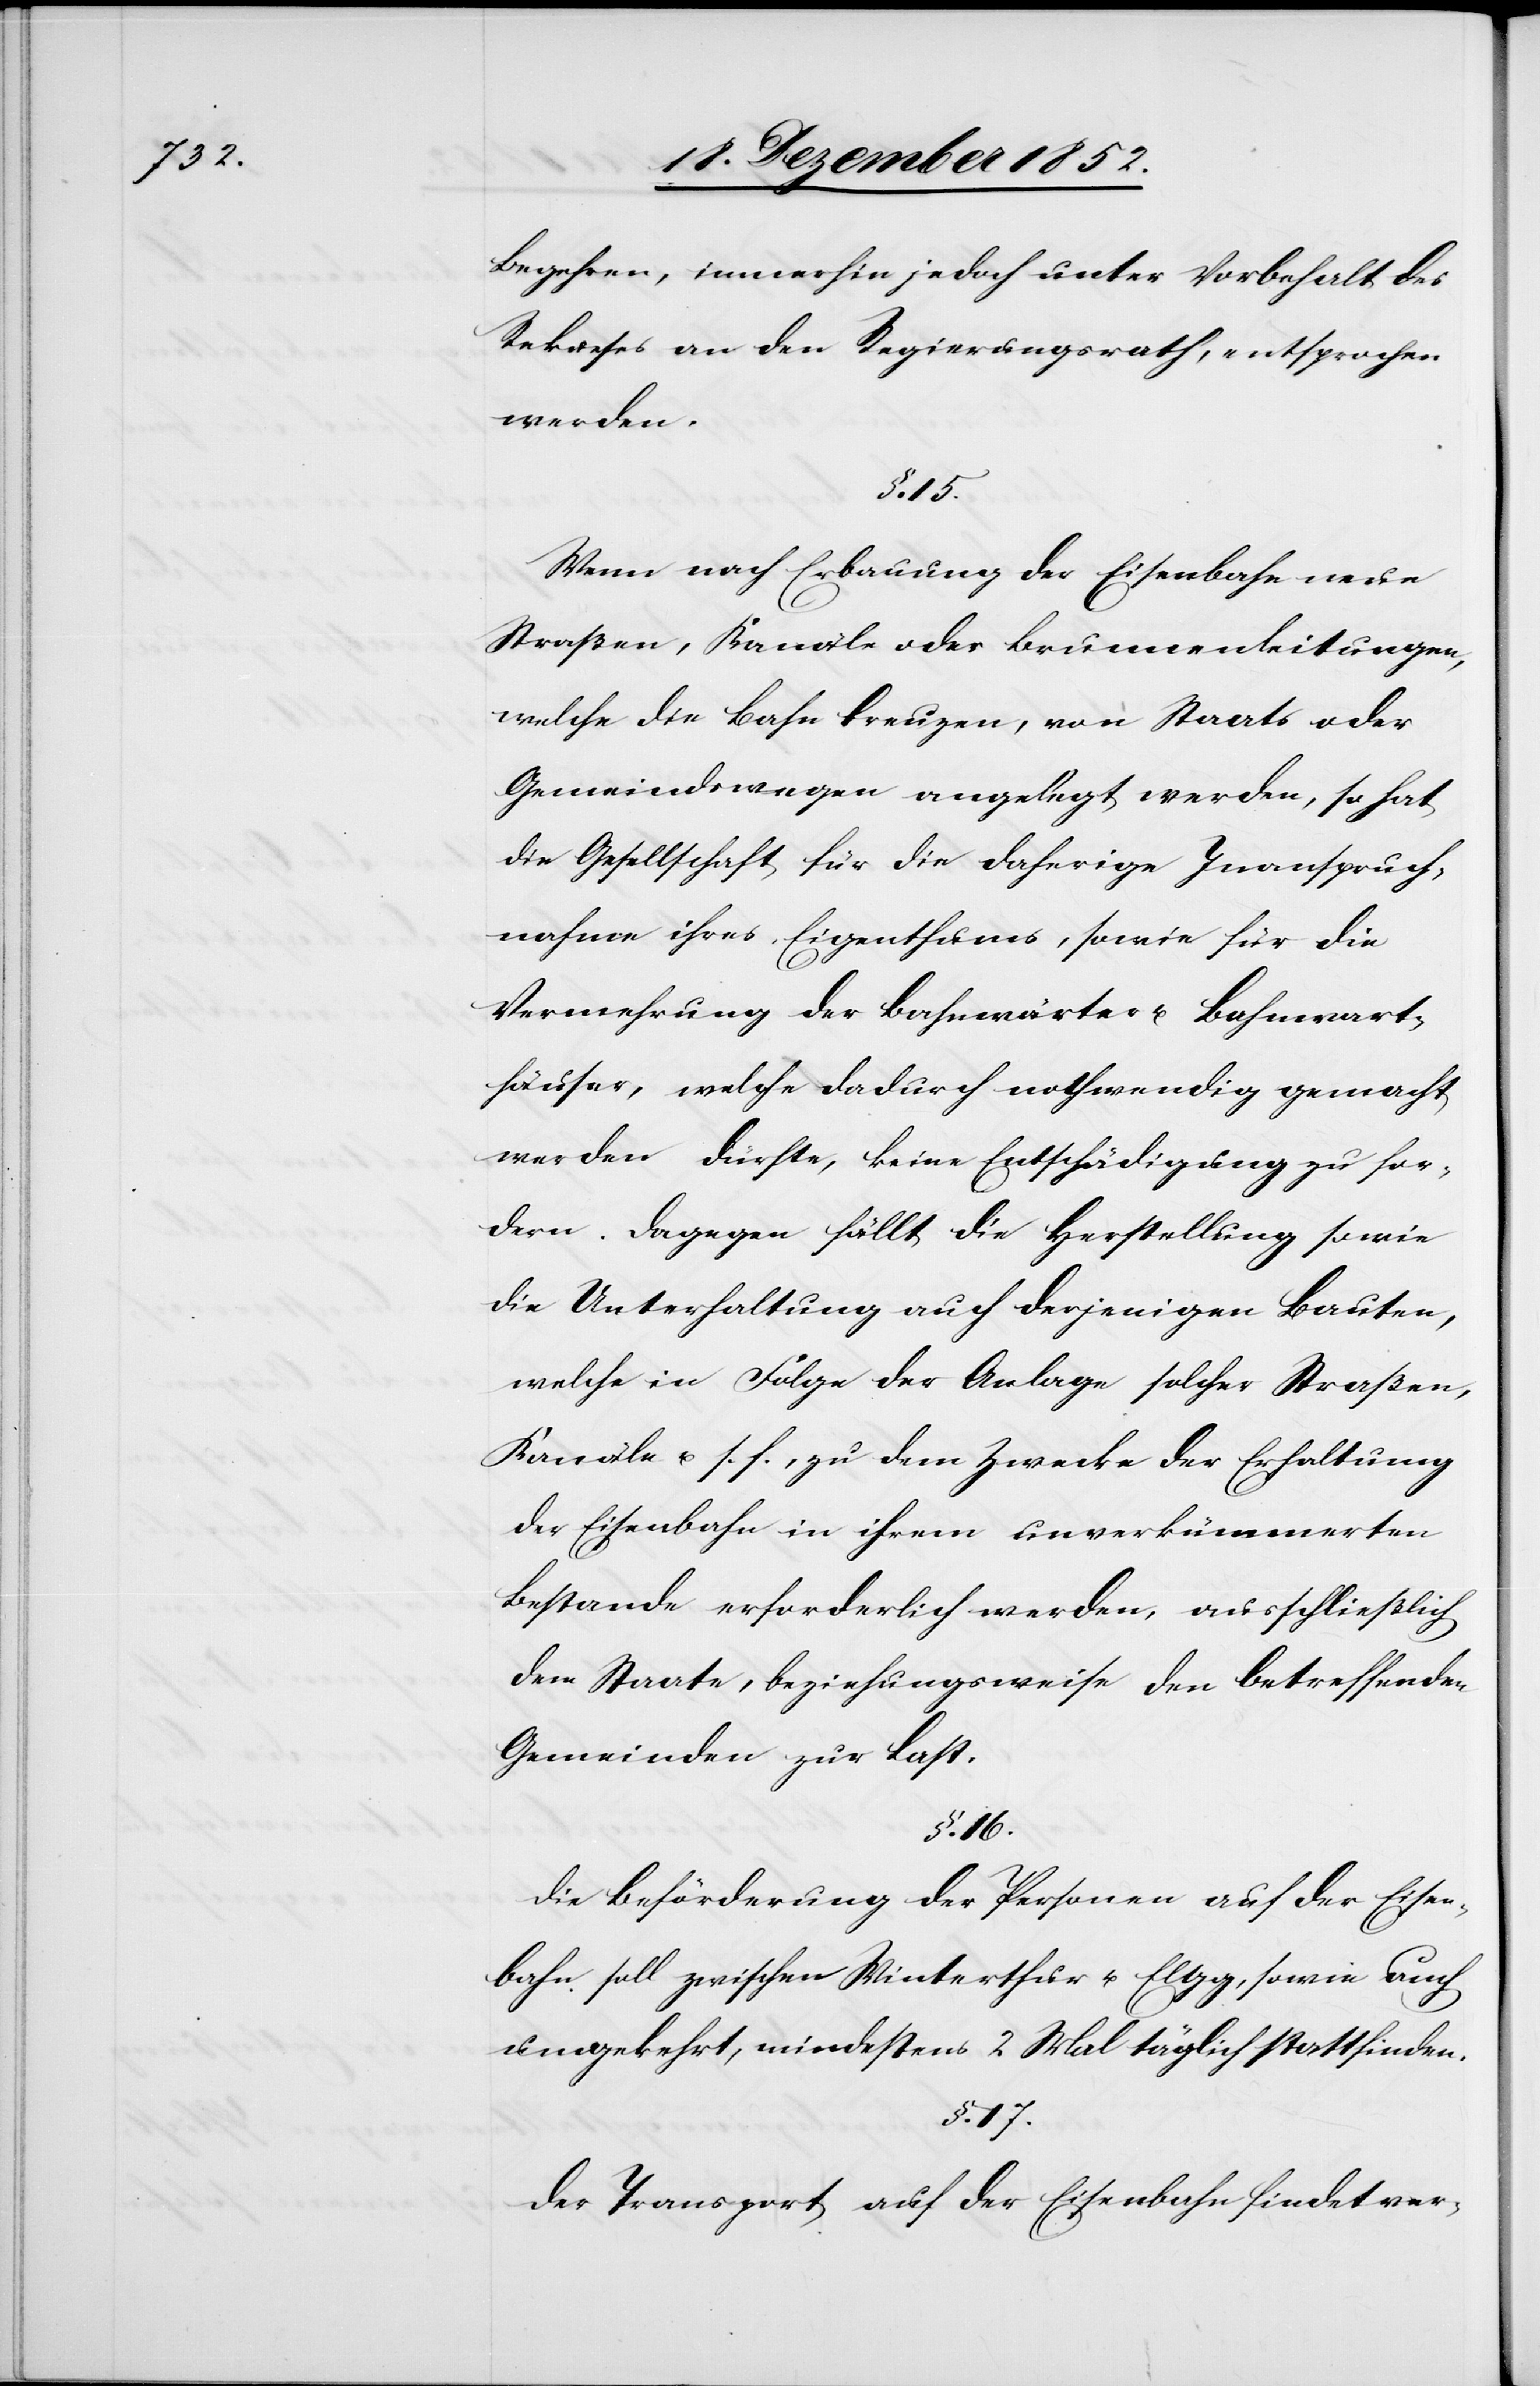
Begehren, immerhin jedoch unter Vorbehalt des
Rekurses an den Regierungsrath, entsprochen
werden.
Wenn nach Erbauung der Eisenbahn neue
Straßen, Kanäle oder Brunnenleitungen,
welche die Bahn kreuzen, von Staats[-] oder
Gemeindswegen angelegt werden, so hat
die Gesellschaft für die daherige Inanspruch¬
nahme ihres Eigenthums, sowie für die
Vermehrung der Bahnwärter u. Bahnwart¬
häuser, welche dadurch nothwendig gemacht
werden dürfte, keine Entschädigung zu for¬
dern. Dagegen fällt die Herstellung sowie
die Unterhaltung auch derjenigen Bauten,
welche in Folge der Anlage solcher Straßen,
Kanäle u. s. f., zu dem Zwecke der Erhaltung
der Eisenbahn in ihrem unverkümmerten
Bestande erforderlich werden, ausschließlich
dem Staate, beziehungsweise den betreffenden
Gemeinden zur Last.
§. 16.
Die Beförderung der Personen auf der Eisen¬
bahn soll zwischen Winterthur u. Elgg, sowie auch
umgekehrt, mindestens 2 Mal täglich stattfinden.
§. 17.
Der Transport auf der Eisenbahn findet ver-